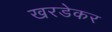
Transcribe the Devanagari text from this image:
खरडेकर